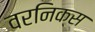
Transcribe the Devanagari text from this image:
वरनिक्स